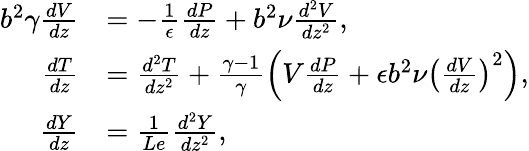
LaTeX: \begin{array}{rl}{b^{2}\gamma\frac{dV}{dz}}&{=-\frac{1}{\epsilon}\frac{dP}{dz}+b^{2}\nu\frac{d^{2}V}{dz^{2}},}\\ {\frac{dT}{dz}}&{=\frac{d^{2}T}{dz^{2}}+\frac{\gamma-1}{\gamma}\left(V\frac{dP}{dz}+\epsilon b^{2}\nu\left(\frac{dV}{dz}\right)^{2}\right),}\\ {\frac{dY}{dz}}&{=\frac{1}{Le}\frac{d^{2}Y}{dz^{2}},}\end{array}